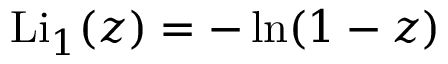
\operatorname { L i } _ { 1 } ( z ) = - \ln ( 1 - z )